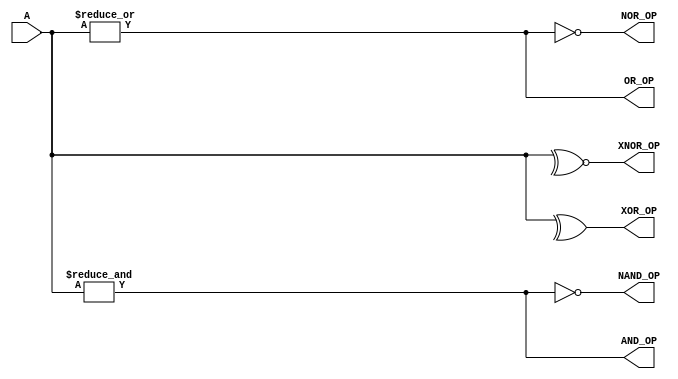
module PRODUCTION(A, AND_OP, OR_OP, XOR_OP, NAND_OP, NOR_OP, XNOR_OP);
    input [2:0] A;
    output AND_OP, OR_OP, XOR_OP, NAND_OP, NOR_OP, XNOR_OP;

    assign AND_OP = &A;
    assign OR_OP = |A;
    assign XOR_OP = ^A;
    assign NAND_OP = ~&A;
    assign NOR_OP = ~|A;
    assign XNOR_OP = ^~A;
endmodule